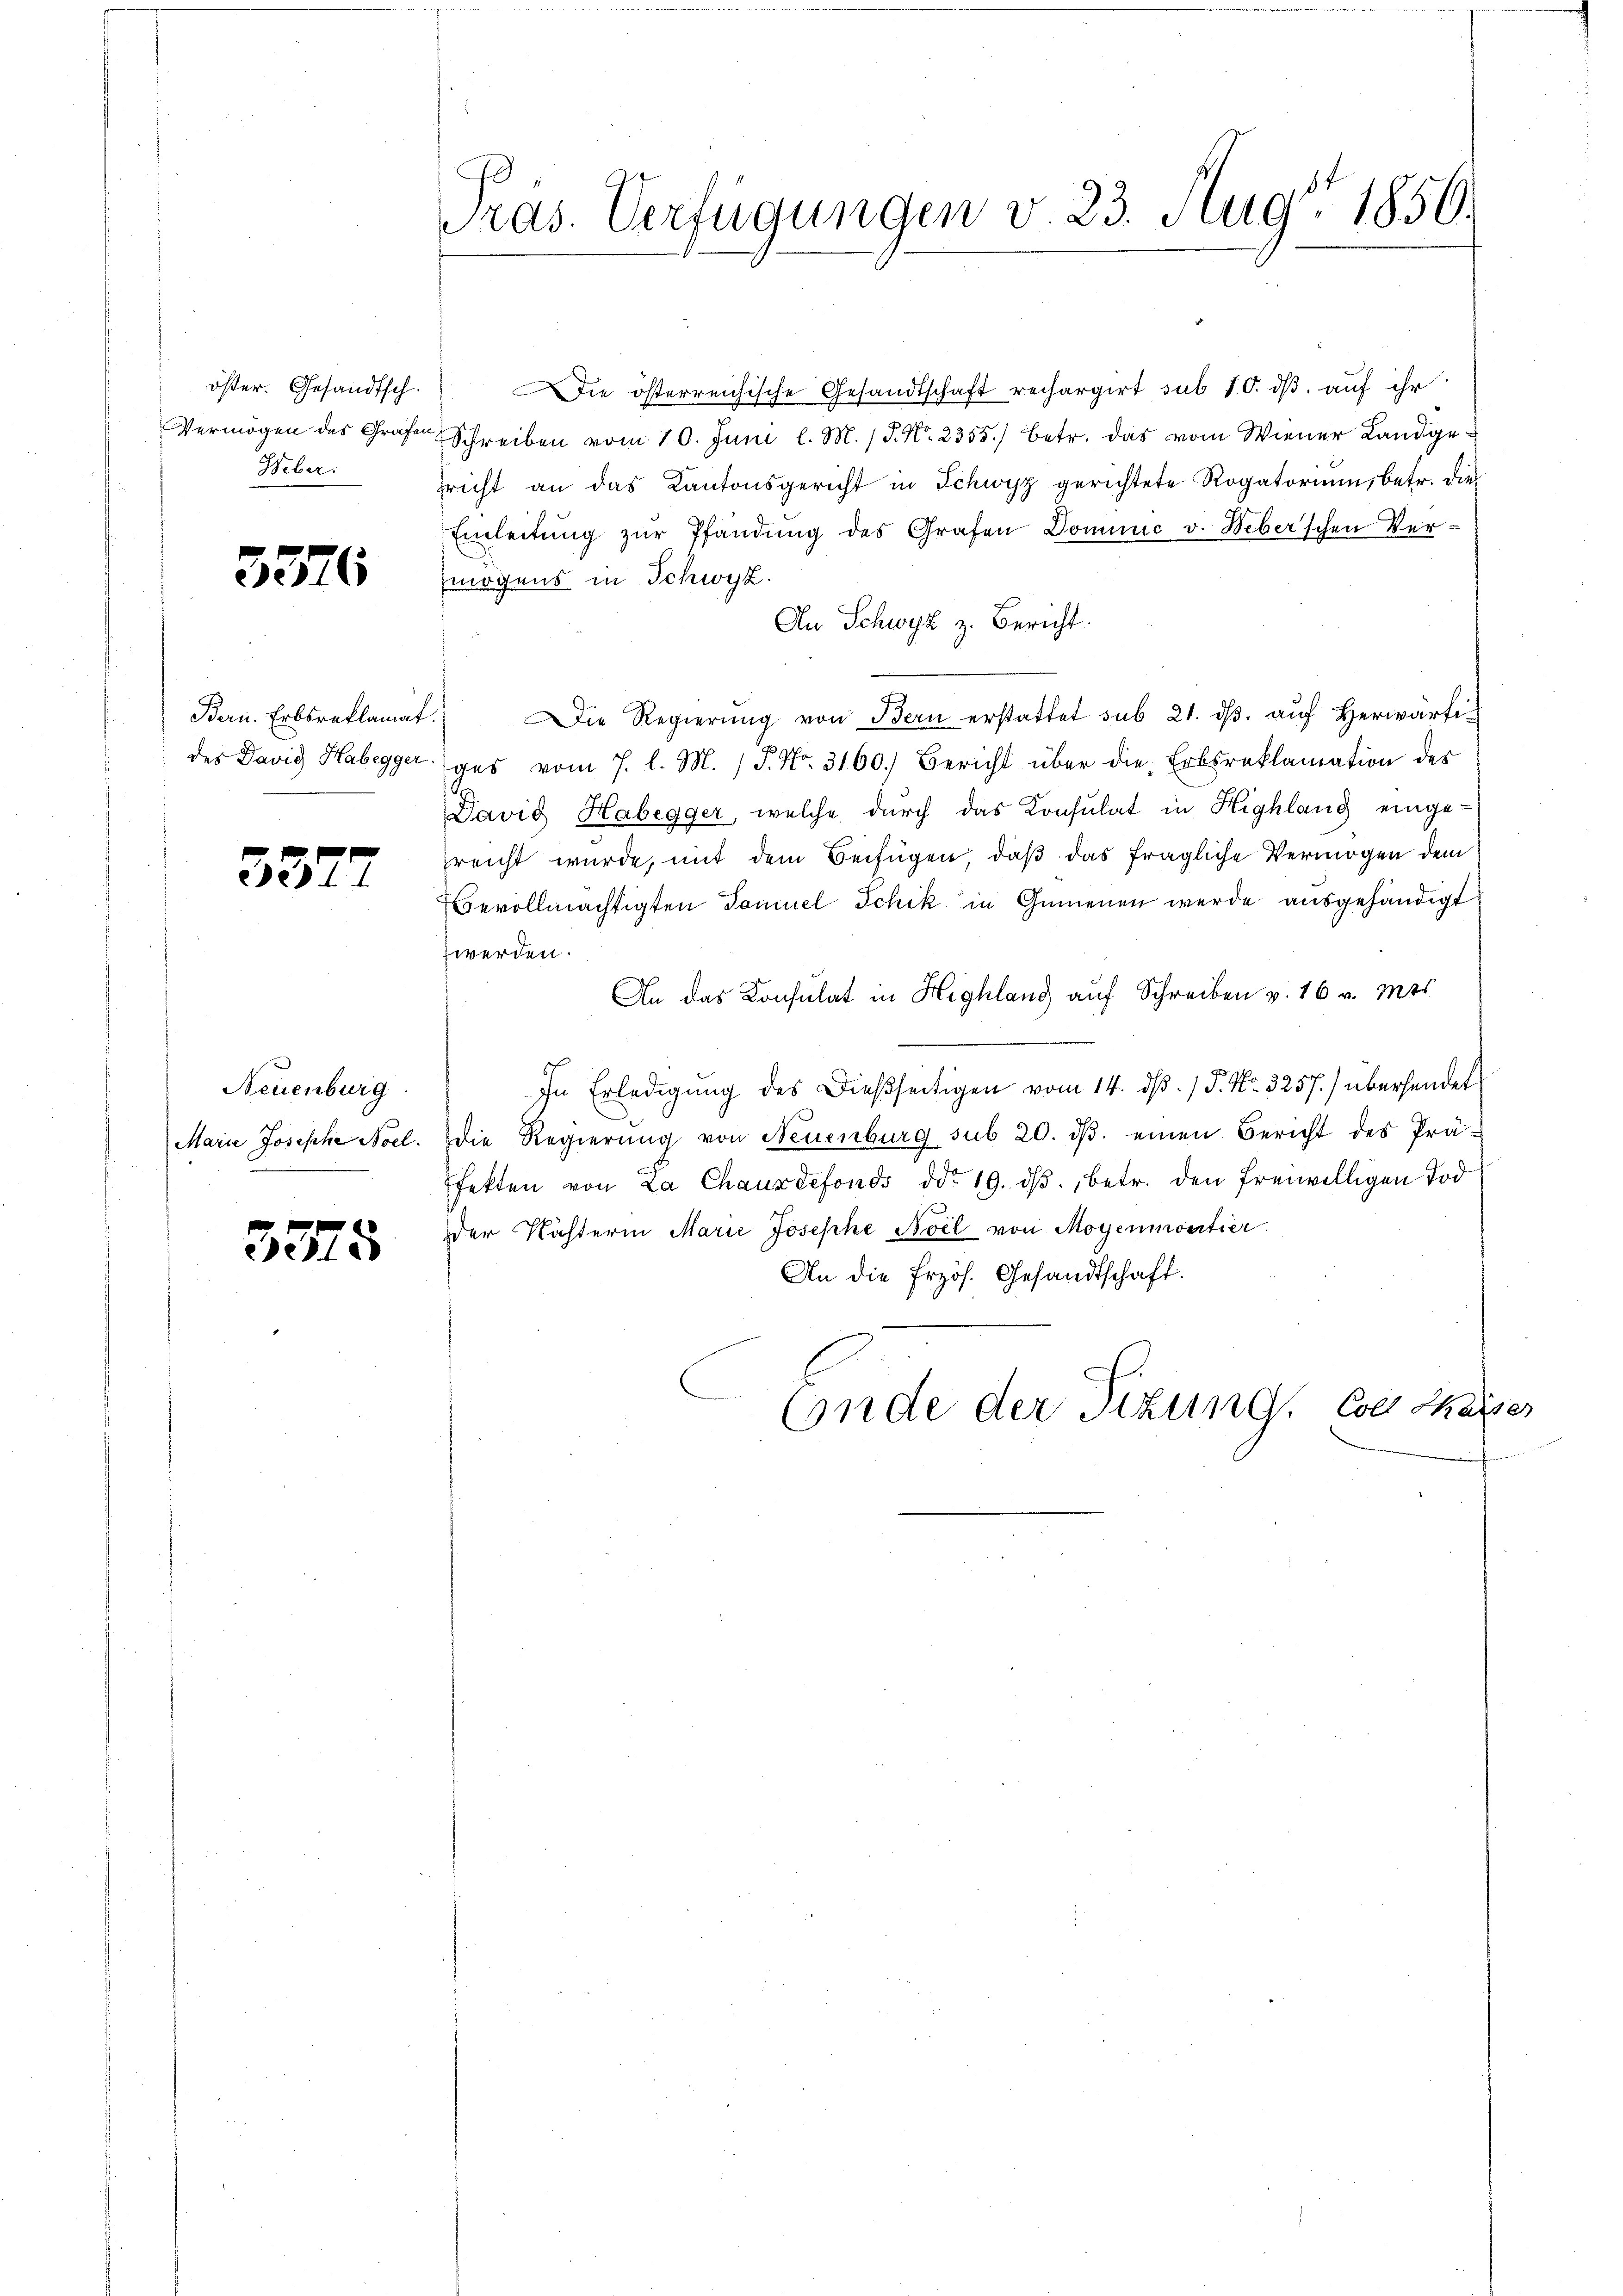
öster. Gesandtsch.
Vermögen des Grafen
Weber:

3376

Bern. Erbsraklamat
des David Habegger

3377

Neuenburg
Marie Josephe Noel.

3375

Pras. Verfügungen v. 23. Aug. 1856.

ie österreichische Gesandtschaft rechargirt sub 10. ds. auf ihr
Schreiben vom 10. Juni l. M. / P. Nr. 2355) betr. das vom Wiener Landgericht an das Kantonsgericht in Schwyz gerichtete Rogatorium, betr. die
Einleitŭng zŭr Pfandung des Grafen Dominić v. Weber’schen Ver-
mögens in Schwyz.
An Schwyz z. Bericht.
Die Regierŭng von Bern erstattet sub 21. dβ aŭf herwärtiges vom 7. l. M. P. Nr. 3160. Bericht über die Erbsreklamation des
David Habegger, welche durch das Konsulat in Highlang eingereicht wurde, mit dem Beifügen, daß das fragliche Vermögen dem
Bevollmächtigten Samuel Schik in Gemenen werde ausgehändigt
werden.
An das Konsulat in Highlang auf Schreiben v. 16 v. Mts.
In Erledigung des Dießseitigen vom 14. dβ. / 5. No. 3257.) übersendet
die Regierung von Neuenburg sub 20. dβ. einen Bericht des Prä-
fekten von La Chauxdefonds ddo 19. dβ, betr. den freiwilligen Tod
der Kästerin Marie Josephe Noil von Mogenmotier
An die Erzös. Gesandtschaft.
Ende der Sitzung. Coll Chaiser